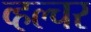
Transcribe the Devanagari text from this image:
व्हल्चर